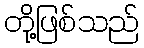
တို့ဖြစ်သည်